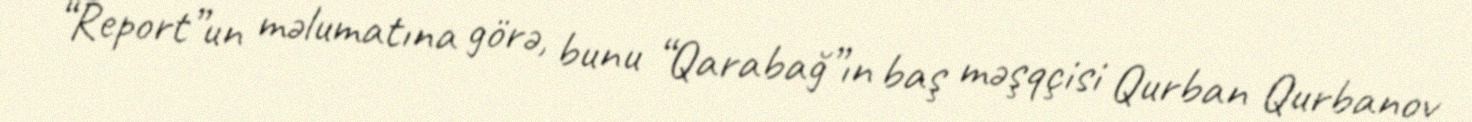
“Report”un məlumatına görə, bunu “Qarabağ”ın baş məşqçisi Qurban Qurbanov